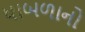
ધાબળાનો